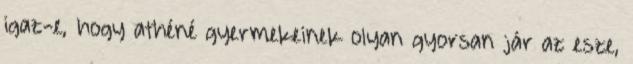
igaz-e, hogy athéné gyermekeinek olyan gyorsan jár az esze,